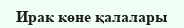
Ирак көне қалалары